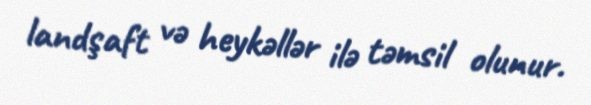
landşaft və heykəllər ilə təmsil olunur.